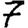
Digit: 7